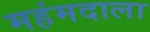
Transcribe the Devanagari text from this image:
महंमदाला